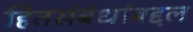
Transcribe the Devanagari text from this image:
हितसंबंधांबद्दल